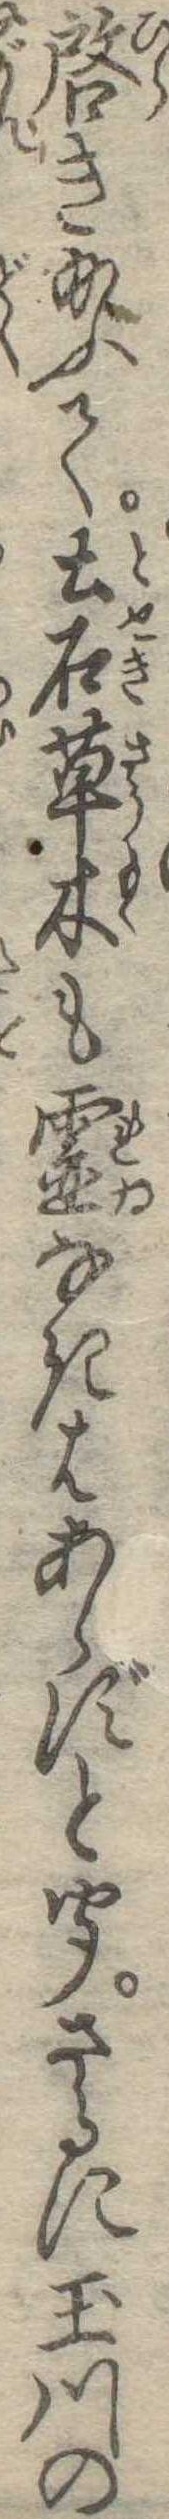
啓き給ふて土石草木も霊なきはあらずと聞さるに玉川の